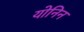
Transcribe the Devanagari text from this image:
योनिन